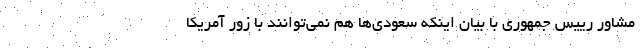
مشاور رییس جمهوری با بیان اینکه سعودی‌ها هم نمی‌توانند با زور آمریکا